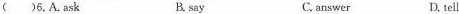
( )6.A.ask B. say C.answer D.tell